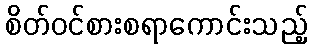
စိတ်ဝင်စားစရာကောင်းသည့်